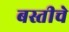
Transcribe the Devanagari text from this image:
बस्तीचे